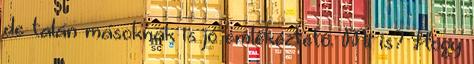
de talán másoknak is jó emlékeztető. Mi is? Hogy